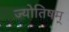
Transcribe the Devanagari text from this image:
ज्योतिषम्